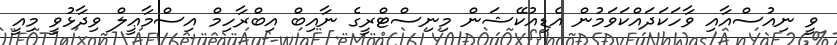
ވީ ނިއުސްއާއި ވާހަކަދައްކަވަމުން އެޑިއުކޭޝަން މިނިސްޓްރީގެ ނާއިބް އިބްރާހިމް އިސްމާޢީލް ވިދާޅުވީ މިއީ